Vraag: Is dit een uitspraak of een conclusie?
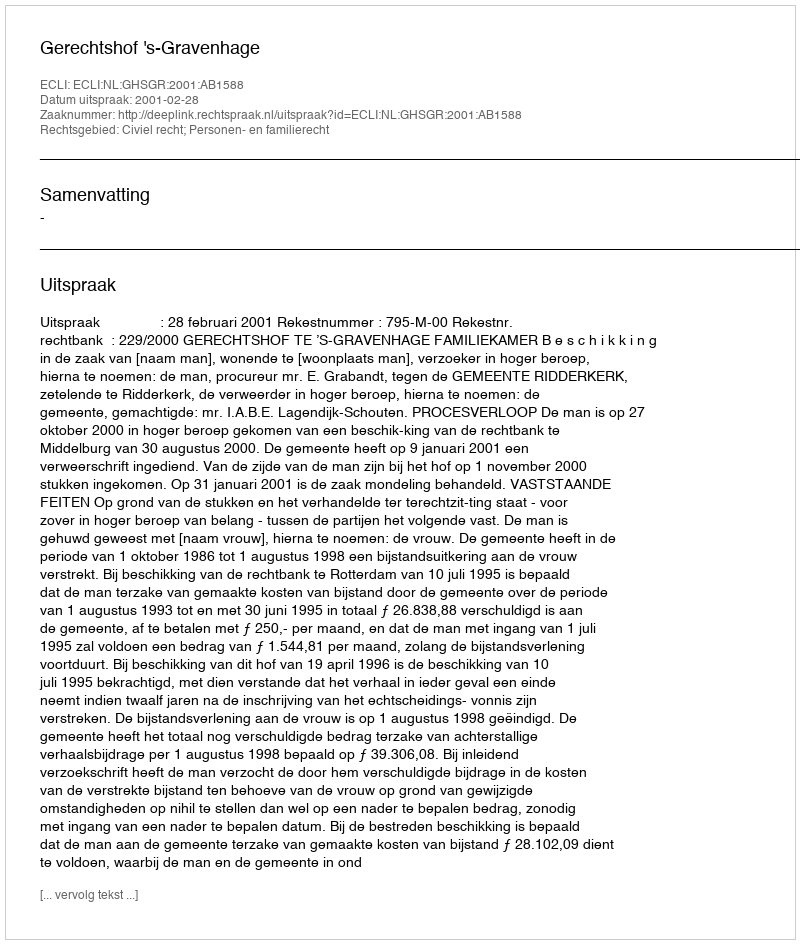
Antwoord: Uitspraak